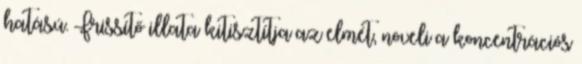
hatású. Frissítő illata kitisztítja az elmét, növeli a koncentrációs